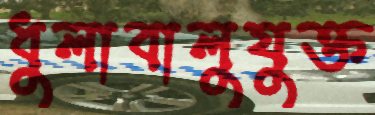
ধুলাবালুযুক্ত